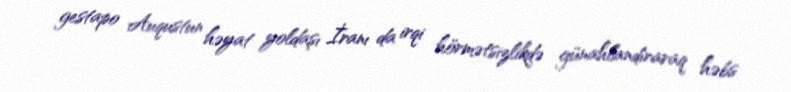
gestapo Auqustun həyat yoldaşı İranı da irqi hörmətsizlikdə günahlandıraraq həbs